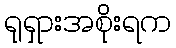
ရုရှားအစိုးရက